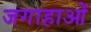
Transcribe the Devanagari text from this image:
जगाहाओं